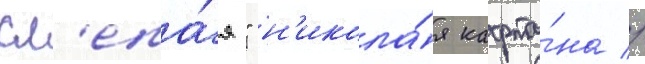
сл'епа́я" н'икола́я кафта́на //